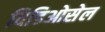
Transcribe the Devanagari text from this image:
विडिओसेल